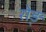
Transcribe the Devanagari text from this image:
रो्ड़